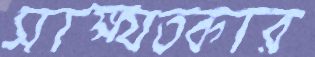
সাক্ষ্যতকার